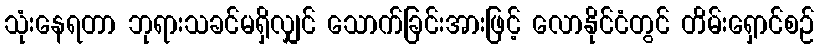
သုံးနေရတာ ဘုရားသခင်မရှိလျှင် သောက်ခြင်းအားဖြင့် လောနိုင်ငံတွင် တိမ်းရှောင်စဉ်